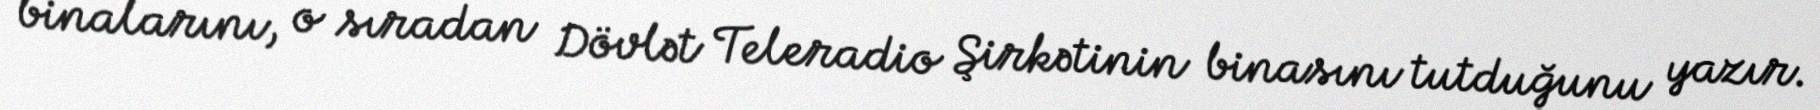
binalarını, o sıradan Dövlət Teleradio Şirkətinin binasını tutduğunu yazır.